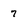
Character: 7